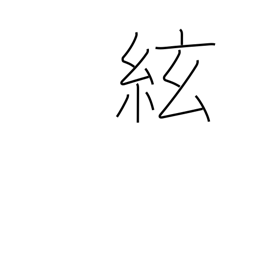
Meaning: string